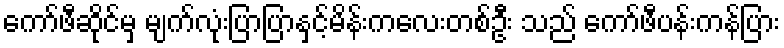
ကော်ဖီဆိုင်မှ မျက်လုံးပြာပြာနှင့်မိန်းကလေးတစ်ဦး သည် ကော်ဖီပန်းကန်ပြား